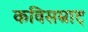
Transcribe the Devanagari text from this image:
कविसम्राट्